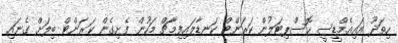
ހިތަދޫ އައިއެމްޑީސީ ހޮސްޕިޓަލުން ކަރަންޓް ކަނޑާލައިފިމާޗް މަހުން ފެށިގެން ކަރަންޓް ބިލަށް ގެނައި